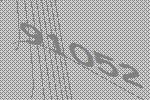
91052